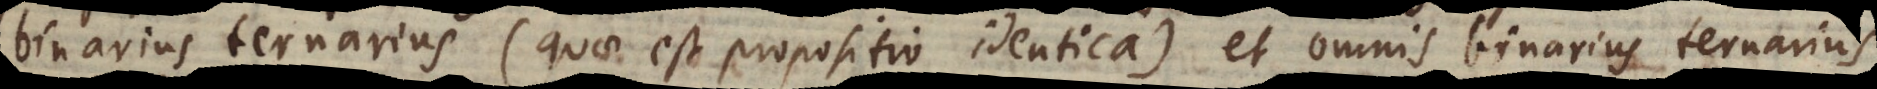
binarius ternarius (quae est propositio identica) et omnis binarius ternarius